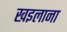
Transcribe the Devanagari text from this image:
खइलाना